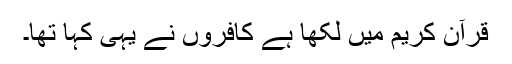
قرآن کریم میں لکھا ہے کافروں نے یہی کہا تھا۔